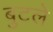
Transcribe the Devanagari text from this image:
बुटले